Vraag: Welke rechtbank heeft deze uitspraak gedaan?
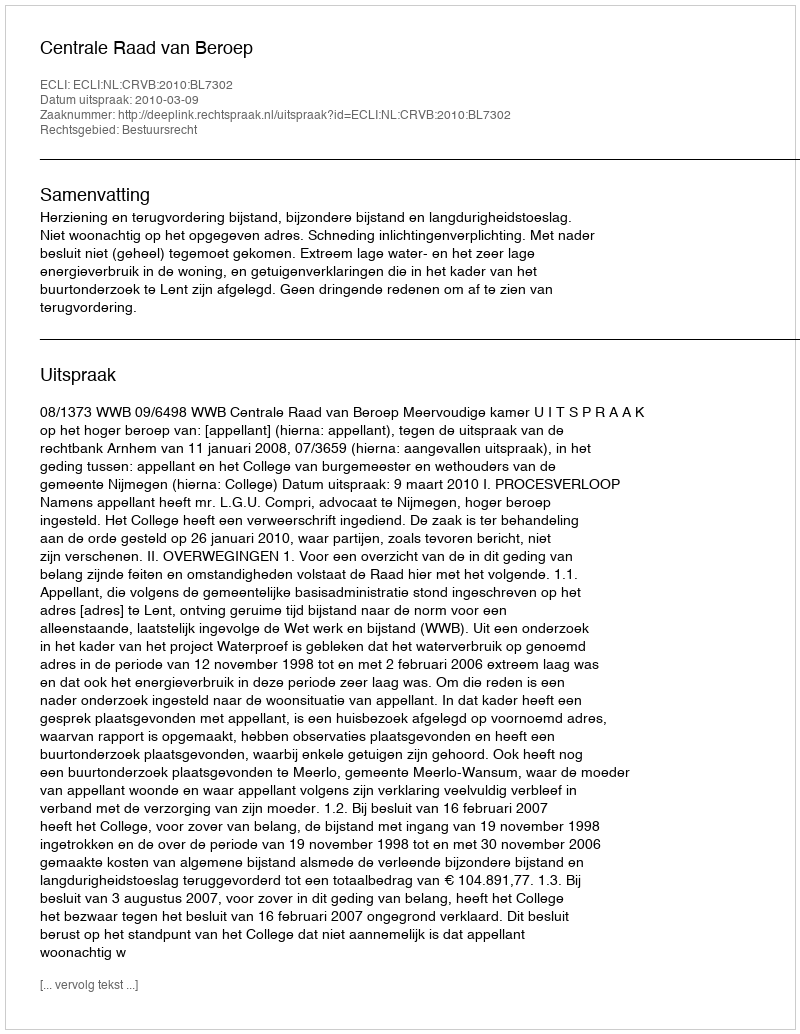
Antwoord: Centrale Raad van Beroep